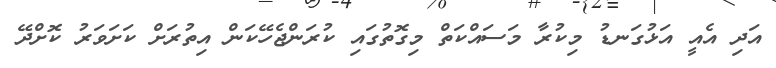
އަދި އެއީ އަޅުގަނޑު މިކުރާ މަސައްކަތް މިގޮތުގައި ކުރަންޖެހޭކަން އިތުރަށް ކަށަވަރު ކޮށްދޭ